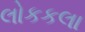
લોકકલા